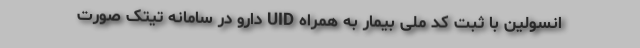
انسولین با ثبت کد ملی بیمار به همراه UID دارو در سامانه تیتک صورت